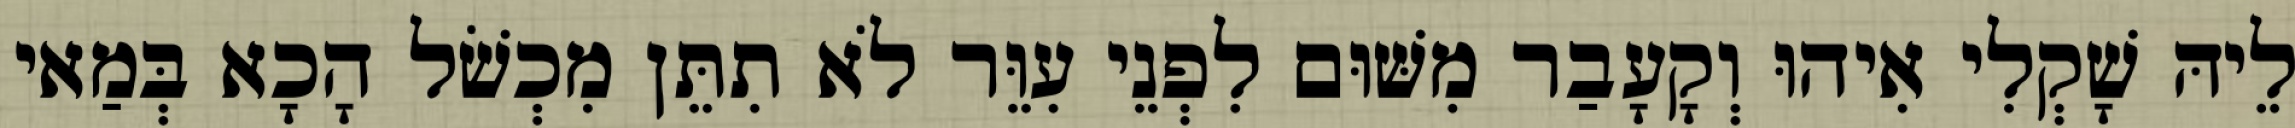
לֵיהּ שָׁקְלִי אִיהוּ וְקָעָבַר מִשּׁוּם לִפְנֵי עִוֵּר לֹא תִתֵּן מִכְשֹׁל הָכָא בְּמַאי